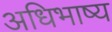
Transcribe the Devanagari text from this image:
अधिभाष्य